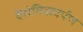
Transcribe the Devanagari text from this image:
वैशेषिकदर्पण